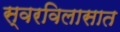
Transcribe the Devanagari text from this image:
स्वरविलासात